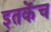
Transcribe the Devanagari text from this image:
इतकेंच